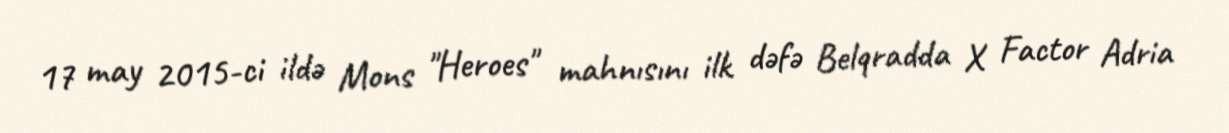
17 may 2015-ci ildə Mons "Heroes" mahnısını ilk dəfə Belqradda X Factor Adria